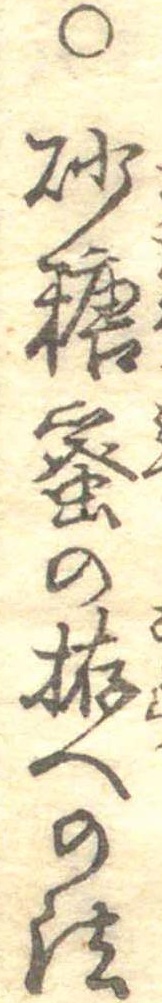
○砂糖蜜の拵への法